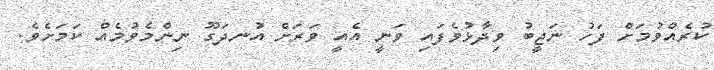
ކުރެއްވުމަށް ފަހު ނަޖީބު ވިދާޅުވެފައި ވަނީ އެއީ ވަރަށް އުނދަގޫ ނިންމެވުމެއް ކަމަށެވެ.